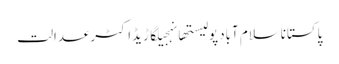
پاکستاناسلام آبادپولیستھانہجیلگاڑیڈاکٹرعدالت